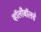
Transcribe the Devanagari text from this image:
व्हॉलीबॉलचे